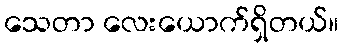
သေတာ လေးယောက်ရှိတယ်။